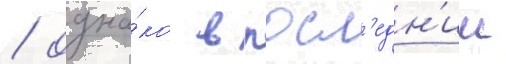
/ одна́ко в посл'едн'ии